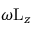
\omega \mathrm { L } _ { z }